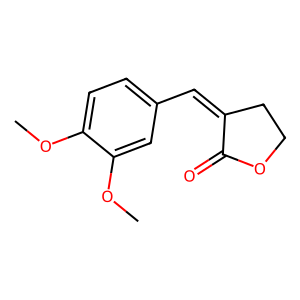
SMILES: COc1ccc(C=C2CCOC2=O)cc1OC
Inhibits HIV replication: No